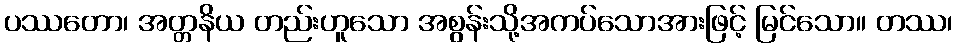
ပဿတော၊ အတ္တနိယ တည်းဟူသော အစွန်းသို့အကပ်သောအားဖြင့် မြင်သော။ တဿ၊